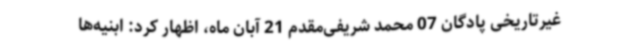
غیرتاریخی پادگان 07 محمد شریفی‌مقدم 21 آبان ماه، اظهار کرد: ابنیه‌ها